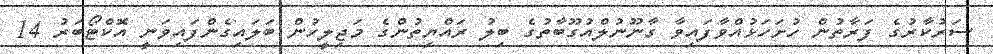
ސަރުކާރުގެ ފަރާތުން ހުށަހަޅުއްވާފައިވާ ގާނޫނުލްއުގޫބާތުގެ ބިލު ރައްޔިތުންގެ މަޖިލީހުން ބަލައިގެންފައިވަނީ އޮކްޓޯބަރު 14